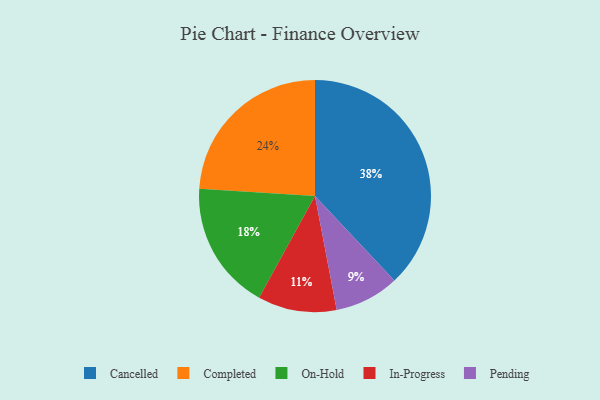
{"axis": {"x": "Category", "y": "Percentage"}, "legend": ["Cancelled", "Completed", "In-Progress", "On-Hold", "Pending"], "data": [{"x": "In-Progress", "y": 11, "type": "In-Progress"}, {"x": "On-Hold", "y": 18, "type": "On-Hold"}, {"x": "Completed", "y": 24, "type": "Completed"}, {"x": "Cancelled", "y": 38, "type": "Cancelled"}, {"x": "Pending", "y": 9, "type": "Pending"}]}